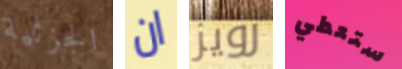
الجزئية ان رويز ستعطي